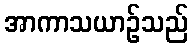
အာကာသယာဉ်သည်